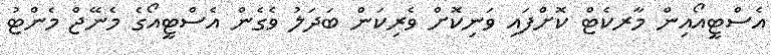
އެސްޓީއޯއިން މާރކެޓް ކޮށްފައި ވަނިކޮށް ވެރިކަން ބަދަލު ވެގެން އެސްޓީއޯގެ މެނޭޖް މެންޓު